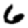
Digit: 6